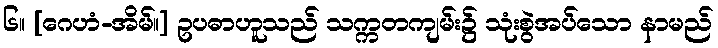
၆။ [ဂေဟံ-အိမ်။] ဥပဓာဟူသည် သက္ကတကျမ်း၌ သုံးစွဲအပ်သော နာမည်